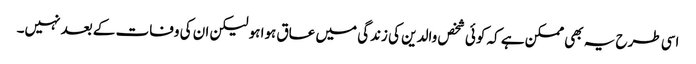
اسی طرح یہ بھی ممکن ہے کہ کوئی شخص والدین کی زندگی میں عاق ہوا ہو لیکن ان کی وفات کے بعد نہیں۔